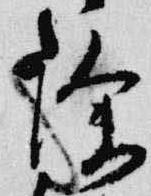
除